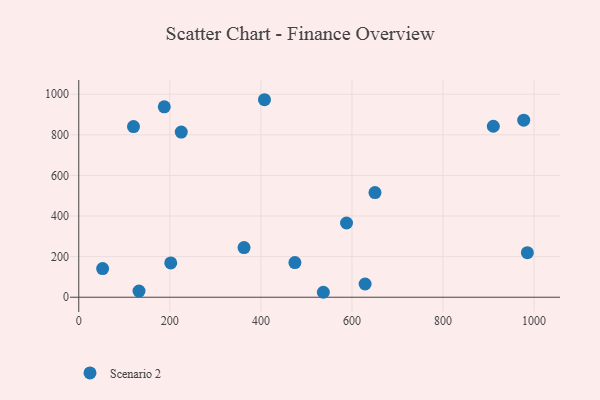
{"axis": {"x": "Engine Size", "y": "Rating"}, "legend": ["Scenario 2"], "data": [{"x": "52.4", "y": 141.0, "type": "Scenario 2"}, {"x": "910.5", "y": 842.3, "type": "Scenario 2"}, {"x": "628.9", "y": 65.2, "type": "Scenario 2"}, {"x": "187.8", "y": 937.8, "type": "Scenario 2"}, {"x": "407.9", "y": 973.0, "type": "Scenario 2"}, {"x": "588.1", "y": 365.6, "type": "Scenario 2"}, {"x": "474.7", "y": 170.6, "type": "Scenario 2"}, {"x": "537.2", "y": 24.4, "type": "Scenario 2"}, {"x": "650.6", "y": 515.5, "type": "Scenario 2"}, {"x": "363.0", "y": 244.5, "type": "Scenario 2"}, {"x": "225.1", "y": 813.5, "type": "Scenario 2"}, {"x": "120.2", "y": 840.5, "type": "Scenario 2"}, {"x": "132.3", "y": 30.4, "type": "Scenario 2"}, {"x": "202.0", "y": 168.8, "type": "Scenario 2"}, {"x": "985.3", "y": 219.3, "type": "Scenario 2"}, {"x": "977.3", "y": 872.1, "type": "Scenario 2"}]}